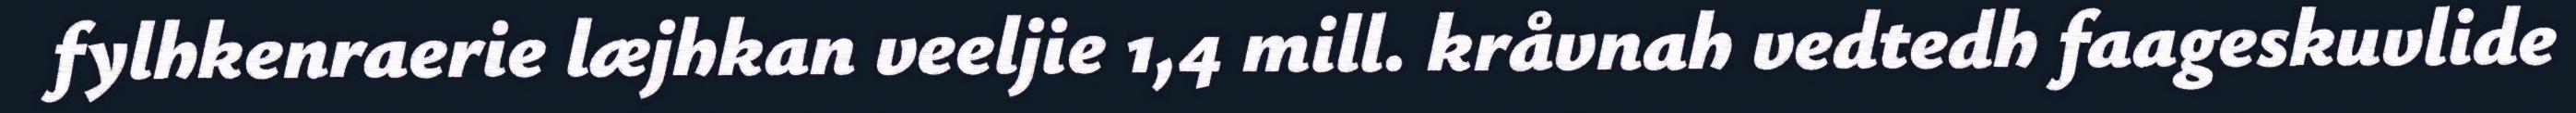
fylhkenraerie læjhkan veeljie 1,4 mill. kråvnah vedtedh faageskuvlide